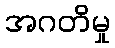
အဂတိမှု